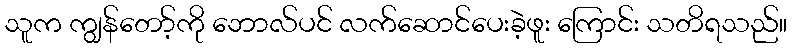
သူက ကျွန်တော့်ကို ဘောလ်ပင် လက်ဆောင်ပေးခဲ့ဖူး ကြောင်း သတိရသည်။